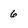
Character: 6